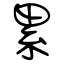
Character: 累